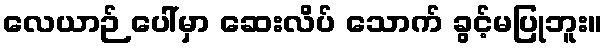
လေယာဉ် ပေါ်မှာ ဆေးလိပ် သောက် ခွင့်မပြုဘူး။